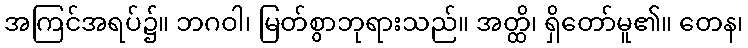
အကြင်အရပ်၌။ ဘဂဝါ၊ မြတ်စွာဘုရားသည်။ အတ္ထိ၊ ရှိတော်မူ၏။ တေန၊